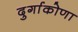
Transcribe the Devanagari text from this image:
दुर्गाकोणा